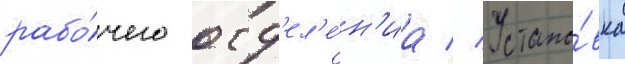
рабо́чего отд'ел'е́н'иа // Устано́вка